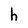
Character: h